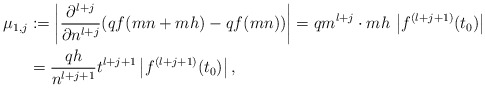
\begin{align*}\mu_{1,j} &:= \left| \frac{\partial^{l+j}}{\partial n^{l+j}} (qf(mn+mh) - qf(mn)) \right|= qm^{l+j} \cdot mh \, \left|f^{(l+j+1)} (t_0) \right| \\&= \frac{qh}{n^{l+j+1}} t^{l+j+1} \left| f^{(l+j+1)} (t_0) \right|,\end{align*}